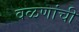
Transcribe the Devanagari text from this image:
वळणांची